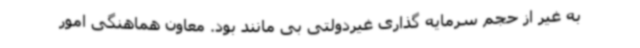
به غیر از حجم سرمایه گذاری غیردولتی بی مانند بود. معاون هماهنگی امور